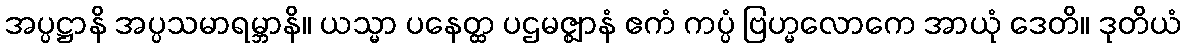
အပ္ပဋ္ဌာနိ အပ္ပသမာရမ္ဘာနိ။ ယသ္မာ ပနေတ္ထ ပဌမဇ္ဈာနံ ဧကံ ကပ္ပံ ဗြဟ္မလောကေ အာယုံ ဒေတိ။ ဒုတိယံ